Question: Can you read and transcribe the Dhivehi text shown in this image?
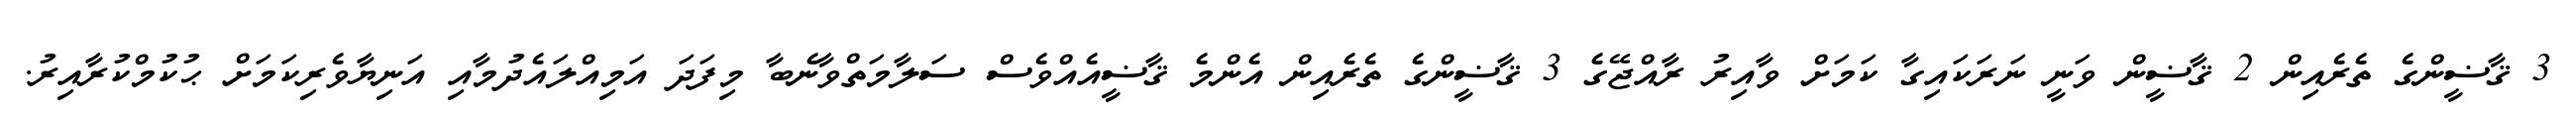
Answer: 3 ޤާޟީންގެ ތެރެއިން 2 ޤާޟީން ވަނީ ނަރަކައިގާ ކަމަށް ވާއިރު ރާއްޖޭގެ 3 ޤާޟީންގެ ތެރެއިން އެންމެ ޤާޟީއެއްވެސް ސަލާމަތްވާނެބާ މިފަދަ އަމިއްލައެދުމާއި އަނިޔާވެރިކަމަށް ޙުކުމްކުރާއިރު.